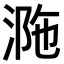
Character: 𣵺